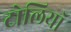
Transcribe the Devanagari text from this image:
टोलियॉ